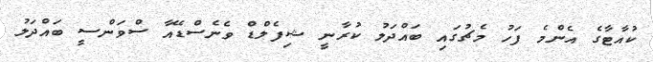
ކުއާޓާގެ އެންމެ ފަހު މެޗުގައި ބައްދަލު ކުރާނީ ޝިފެލްޑް ވެނެސްޑޭއާ ސްވަންސީ ބައްދަލު